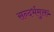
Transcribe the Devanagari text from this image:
सन्दर्भमुक्त